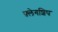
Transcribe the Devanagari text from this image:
फ़्लेगशिप